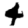
Digit: 4